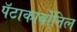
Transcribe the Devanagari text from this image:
पॅटाकार्बोनिल